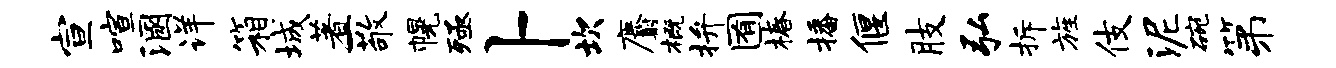
宣喧溷详箱城著一敬幌殛卜坎麝概拚囿椿播偃肢弘拆旌伎泥碗第